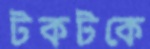
টকটকে